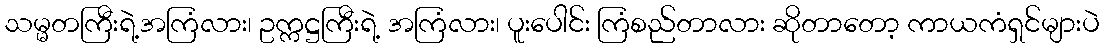
သမ္မတကြီးရဲ့အကြံလား၊ ဥက္ကဋ္ဌကြီးရဲ့ အကြံလား၊ ပူးပေါင်း ကြံစည်တာလား ဆိုတာတော့ ကာယကံရှင်များပဲ